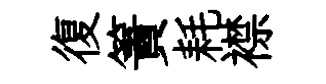
復簀耗襟